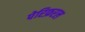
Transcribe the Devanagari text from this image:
पेरिफ़रल